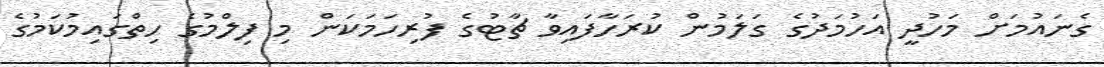
ގެނައުމަށް މަހުދީ އަހުމަދުގެ ގަލަމުން ކުރަހާފައިވާ ޗާޓުގެ ފުރިހަމަކަން މި ފިލްމުގެ ހިތްގައިމުކަމުގެ